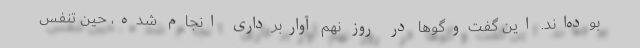
بوده‌اند. این گفت‌وگوها در روز نهم آواربرداری انجام شده، حین تنفس